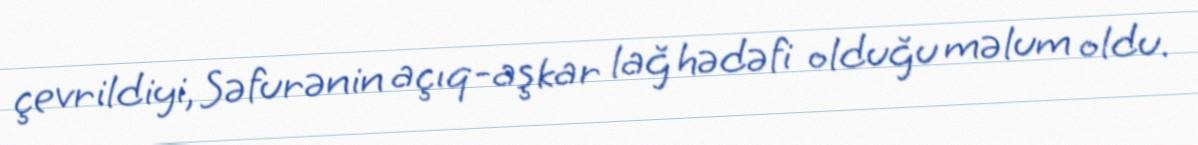
çevrildiyi, Səfurənin açıq-aşkar lağ hədəfi olduğu məlum oldu.